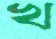
খ